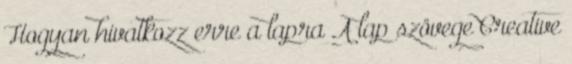
Hogyan hivatkozz erre a lapra A lap szövege Creative